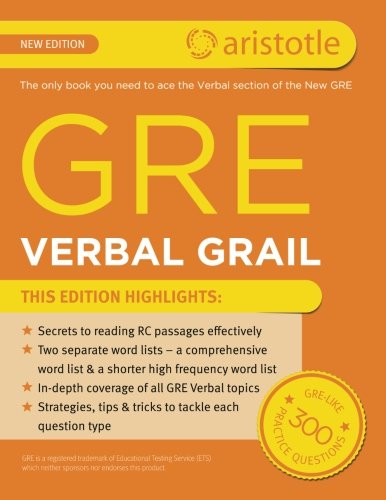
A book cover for GRE Verbal Grail; Aristotle Prep; Test Preparation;